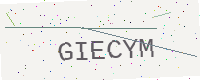
Text: GIECYM